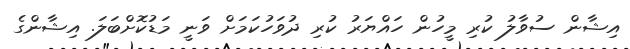
އިޝާން ސުވާލު ކުރި މީހުން ހައްޔަރު ކުރި ދުވަހުކަމަށް ވަނީ މަޑުކޮށްބަލަ. އިޝާންގެ